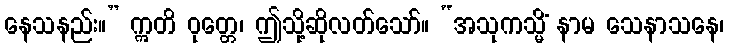
နေသနည်း။” ဣတိ ဝုတ္တေ၊ ဤသို့ဆိုလတ်သော်။ “အသုကသ္မိံ နာမ သေနာသနေ၊